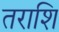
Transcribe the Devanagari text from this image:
तराशि